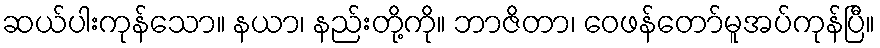
ဆယ်ပါးကုန်သော။ နယာ၊ နည်းတို့ကို။ ဘာဇိတာ၊ ဝေဖန်တော်မူအပ်ကုန်ပြီ။